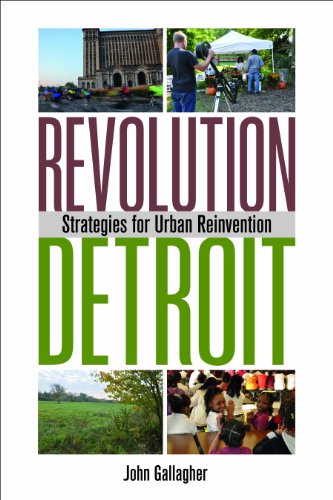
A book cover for Revolution Detroit: Strategies for Urban Reinvention (Painted Turtle); John Gallagher; Business & Money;